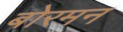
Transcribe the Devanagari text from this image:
बोरमन